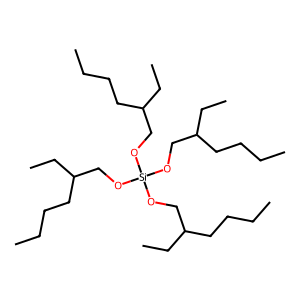
SMILES: CCCCC(CC)CO[Si](OCC(CC)CCCC)(OCC(CC)CCCC)OCC(CC)CCCC
Inhibits HIV replication: No